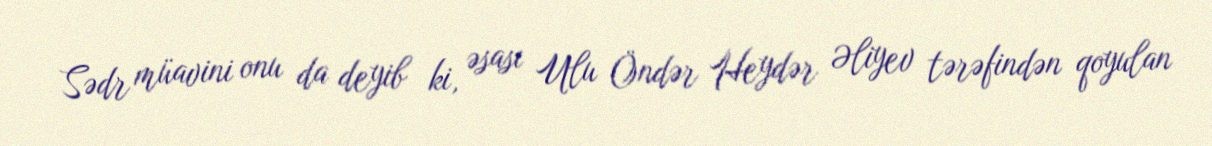
Sədr müavini onu da deyib ki, əsası Ulu Öndər Heydər Əliyev tərəfindən qoyulan